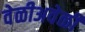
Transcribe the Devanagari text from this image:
वेळीअवेळी